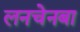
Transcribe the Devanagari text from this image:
लनचेनबा